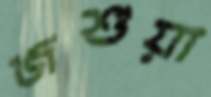
জশুয়া